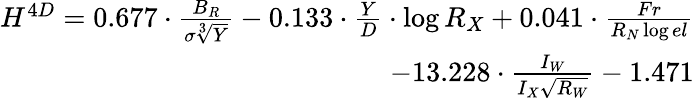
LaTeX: \begin{array}{r}{{H^{4D}=0.677\cdot\frac{B_{R}}{\sigma\sqrt[3]{Y}}-0.133\cdot\frac{Y}{D}\cdot\log{R_{X}}+0.041\cdot\frac{Fr}{R_{N}\log{el}}}}\\ {{-13.228\cdot\frac{I_{W}}{I_{X}\sqrt{R_{W}}}-1.471}}\end{array}